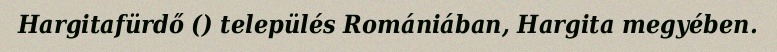
Hargitafürdő () település Romániában, Hargita megyében.